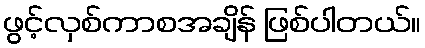
ဖွင့်လှစ်ကာစအချိန် ဖြစ်ပါတယ်။